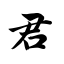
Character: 君